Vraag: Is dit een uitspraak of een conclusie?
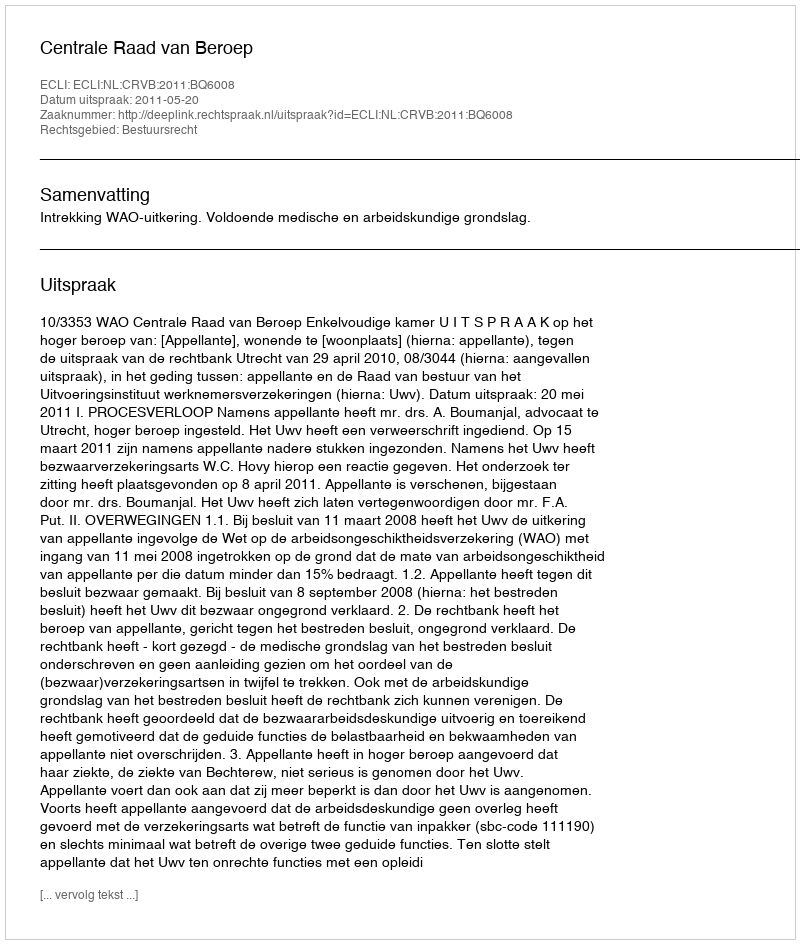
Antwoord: Uitspraak